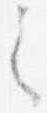
之